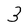
Character: 3